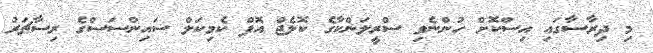
މި ދިރާސާގައި އިސްކޮށް ހުންނެވި ސްރީލަންކާގެ ކޮލެޖް އޮފް ކެމިކަލް ސައިންސަސްގެ ރިސާޗަރު